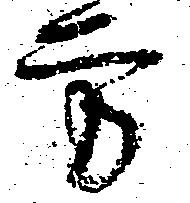
方